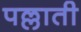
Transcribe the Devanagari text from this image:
पल्लाती